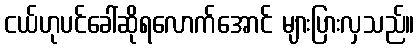
ငယ်ဟုပင်ခေါ်ဆိုရလောက်အောင် များပြားလှသည်။